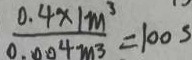
\frac { 0 . 4 \times 1 m ^ { 3 } } { 0 . 0 0 4 m ^ { 3 } } = 1 0 0 s